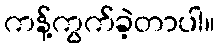
ကန့်ကွက်ခဲ့တာပါ။